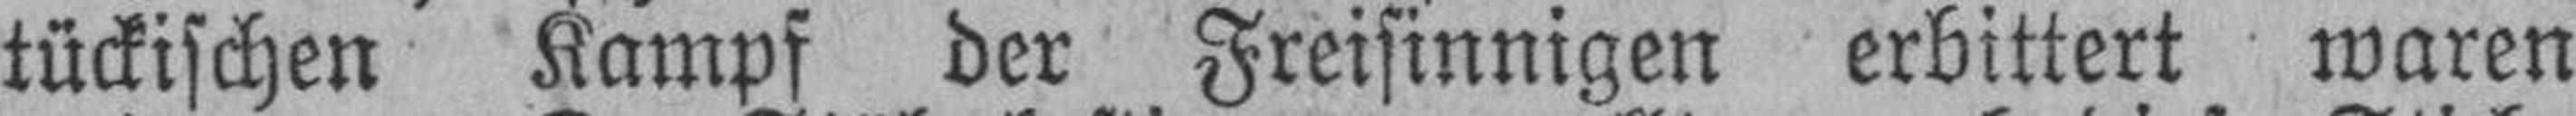
tückischen Kampf der Freisinnigen erbittert waren